Senior Leaving Certificate Examination (including Day School Certificate (Higher) General paper), 1946
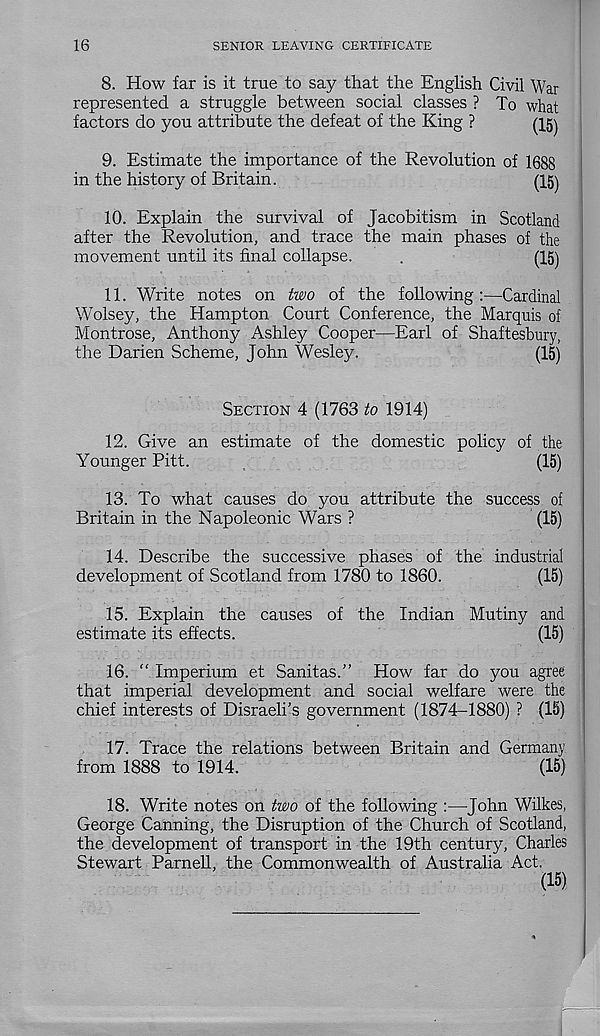
16
SENIOR LEAVING CERTIFICATE
8. How far is it true to say that the English Civil War
represented a struggle between social classes ? To what
factors do you attribute the defeat of the King ?
(T5j
9. Estimate the importance of the Revolution of 1688
in the history of Britain.
(15)
10. Explain the survival of Jacobitism in Scotland
after the Revolution, and trace the main phases of the
movement until its final collapse.
.
(15)
11. Write notes on two of the following:—Cardinal
Wolsey, the Hampton Court Conference, the Marquis oi
Montrose, Anthony Ashley Cooper—Earl of Shaftesbury,
the Darien Scheme, John Wesley.
(15)
SECTION 4 (1763 to 1914)
12. Give an estimate of the domestic policy of the
Younger Pitt.
(15)
13. To what causes do you attribute the success of
Britain in the Napoleonic Wars ?
(15)
14. Describe the successive phases of the industrial
development of Scotland from 1780 to 1860.
(15)
15. Explain the causes of the Indian Mutiny and
estimate its effects.
(15)
16. “ Imperium et Sanitas.” How far do you agree
that imperial development and social welfare were the
chief interests of Disraeli’s government (1874-1880) ? (15)
17. Trace the relations between Britain and Germany
from 1888 to 1914.
(15)
18. Write notes on two of the following :—John Wilkes,
George Canning, the Disruption of the Church of Scotland,
the development of transport in the 19th century, Charles
Stewart Parnell, the Commonwealth of Australia Act.
(15)